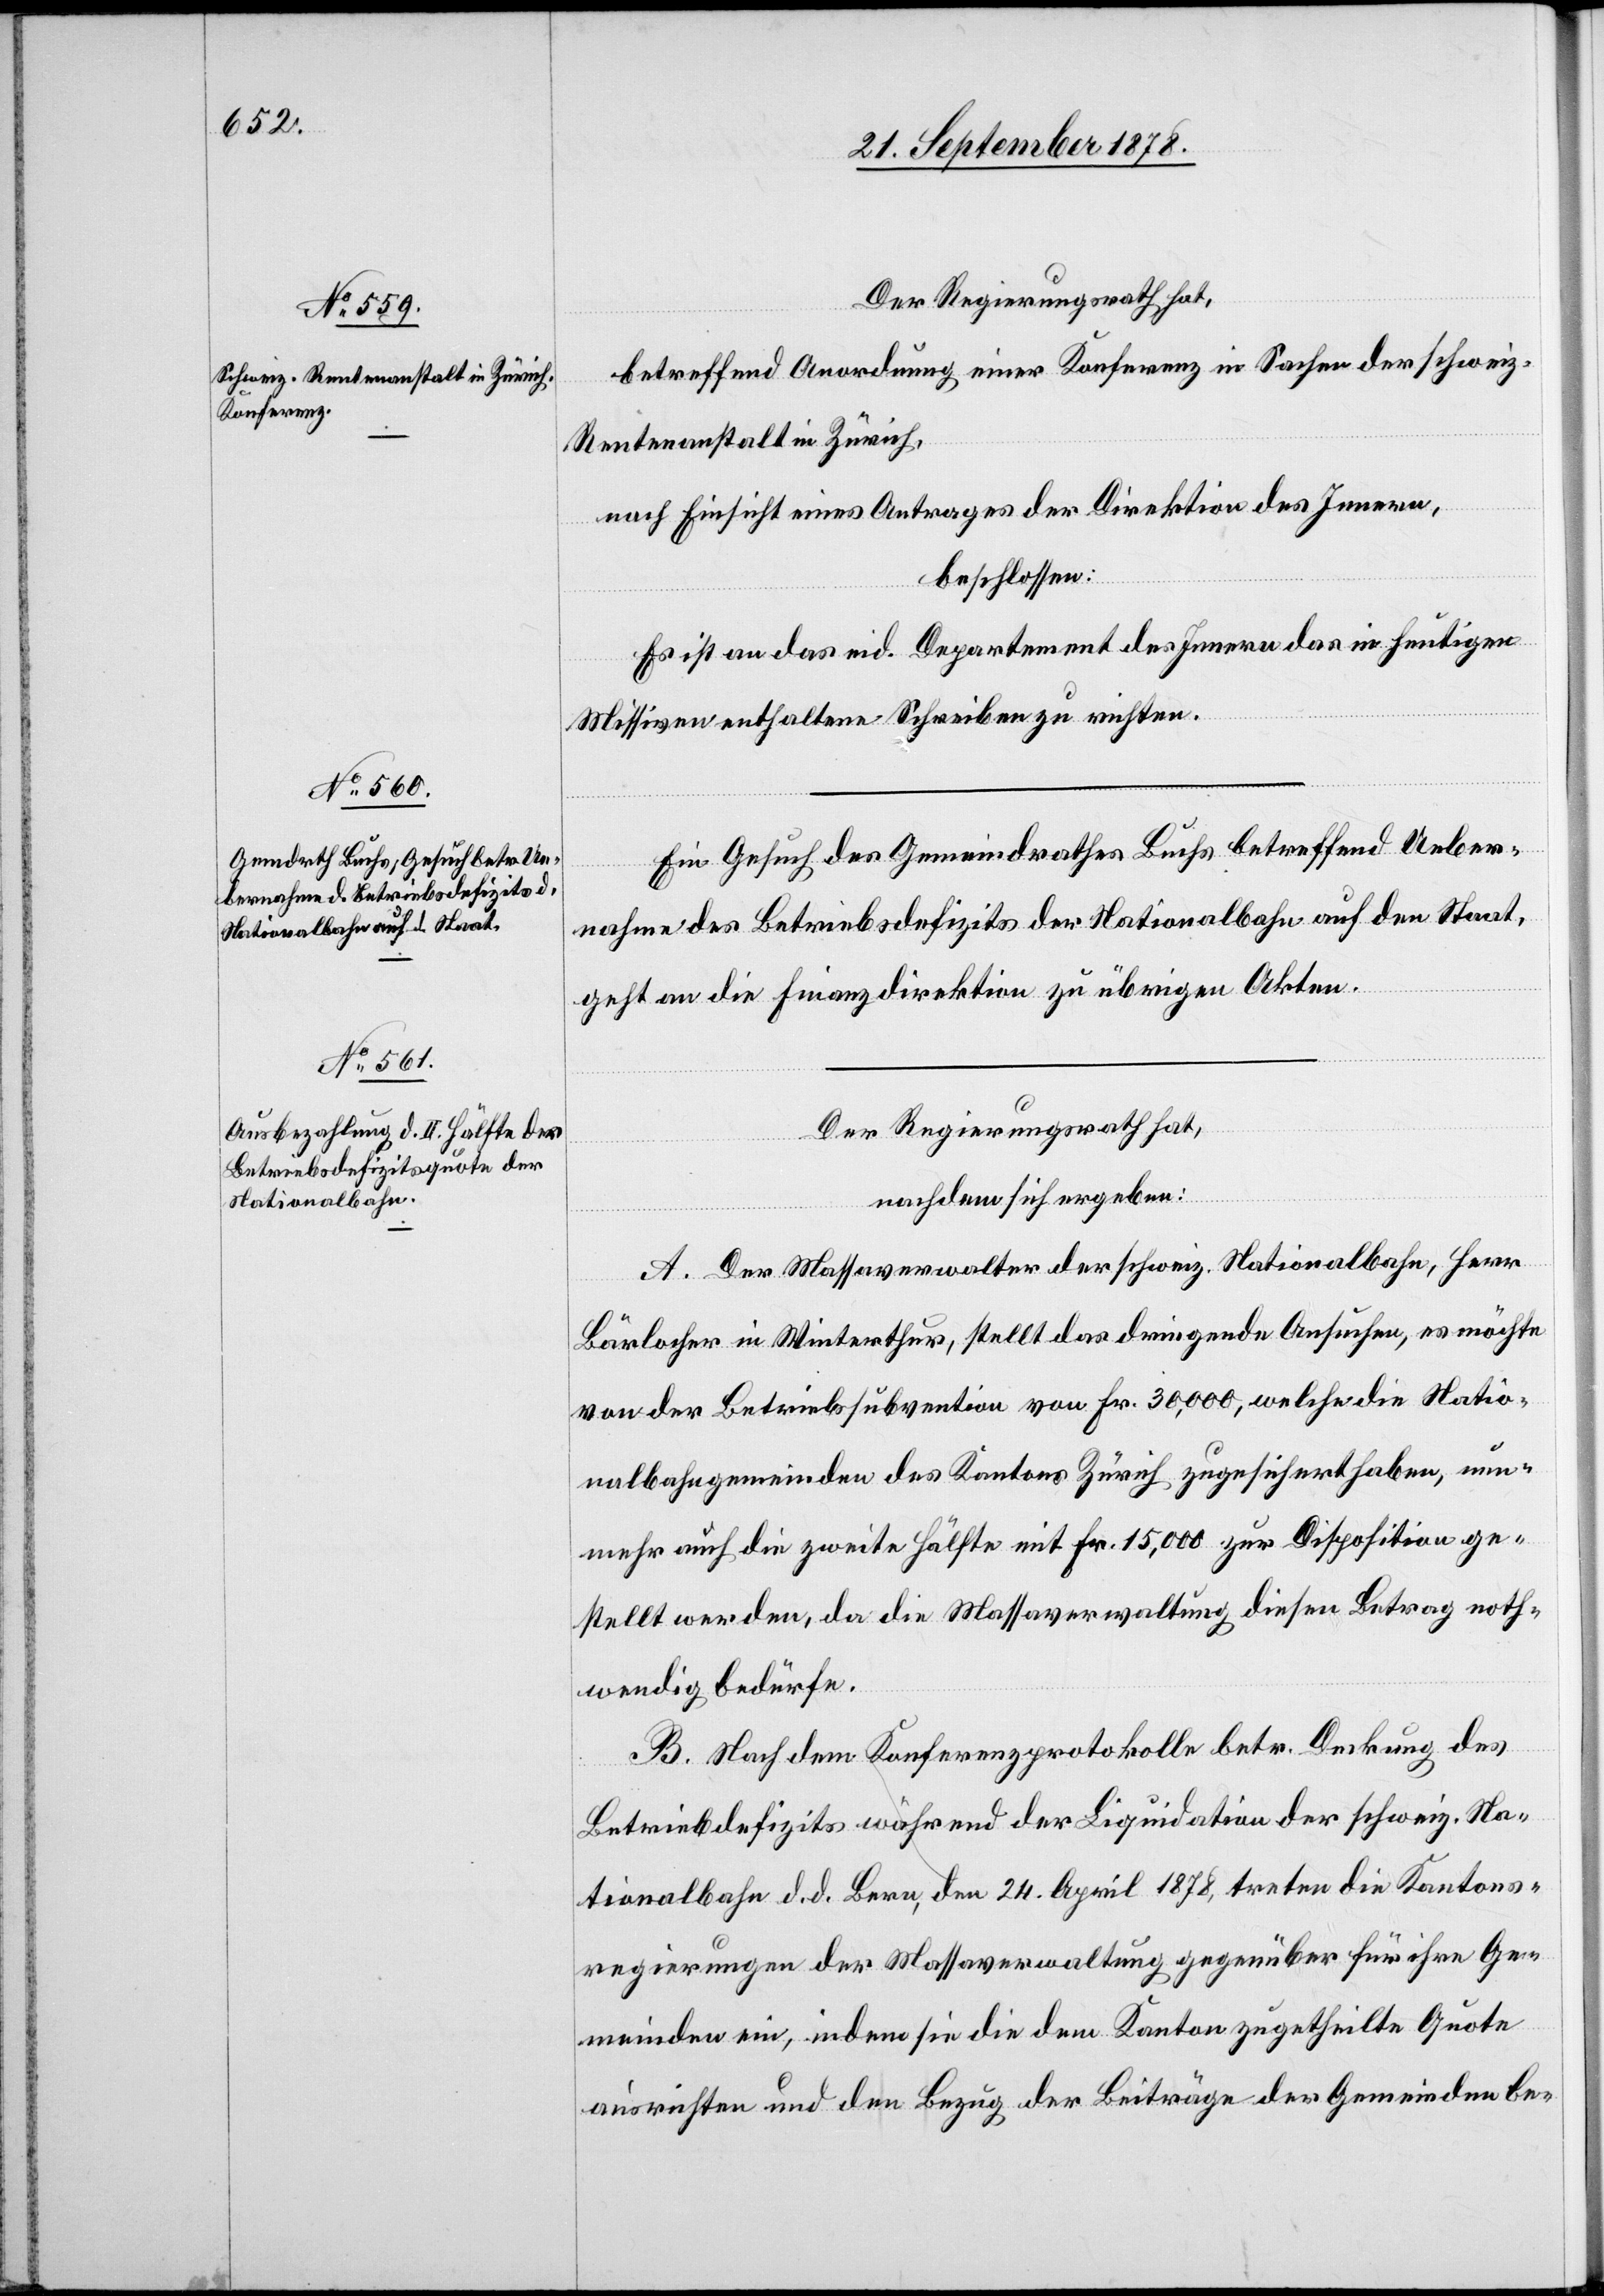
Der Regierungsrath hat,
betreffend Anordnung einer Konferenz in Sachen der schweiz.
Rentenanstalt in Zürich,
nach Einsicht eines Antrages der Direktion des Innern,
beschlossen:
Es ist an das eid. Departement des Innern das in heutigen
Missiven enthaltene Schreiben zu richten.
Ein Gesuch des Gemeindrathes Buchs betreffend Ueber¬
nahme des Betriebsdefizits der Nationalbahn auf den Staat
geht an die Finanzdirektion zu übrigen Akten.
Der Regierungsrath hat,
nachdem sich ergeben:
A. Der Massaverwalter der schweiz. Nationalbahn, Herr
Bärlocher in Winterthur, stellt das dringende Ansuchen, es möchte
von der Betriebssubvention von Fr. 30,000, welche die Natio¬
nalbahngemeinden des Kantons Zürich zugesichert haben, nun¬
mehr auch die zweite Hälfte mit Fr. 15,000 zur Disposition ge¬
stellt werden, da die Massaveraltung diesen Betrag noth¬
wendig bedürfe.
B. Nach dem Konferenzprotokolle betr. Deckung des
Betriebsdefizits während der Liquidation der schweiz. Na¬
tionalbahn d. d. Bern, den 24. April 1878, treten die Kantons¬
regierungen der Massaverwaltung gegenüber für ihre Ge¬
meinden ein, indem sie die dem Kanton zugetheilte Quote
ausrichten und den Bezug der Beiträge der Gemeinden be-